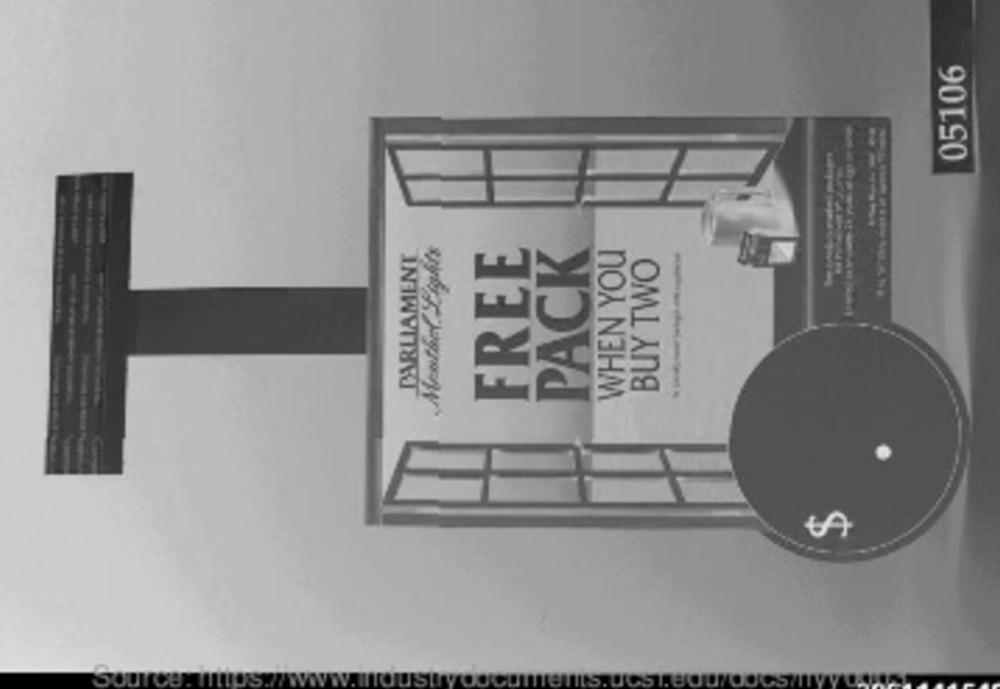
05106
------
PARLIAMENT
FREE
PACK
WHEN YOU
-------
BUY TWO
6A